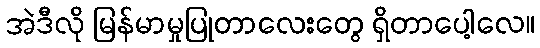
အဲဒီလို မြန်မာမှုပြုတာလေးတွေ ရှိတာပေါ့လေ။